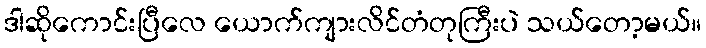
ဒါဆိုကောင်းပြီလေ ယောက်ကျားလိင်တံတုကြီးပဲ သယ်တော့မယ်။